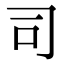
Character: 司